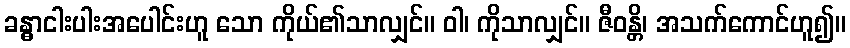
ခန္ဓာငါးပါးအပေါင်းဟူ သော ကိုယ်၏သာလျှင်။ ဝါ၊ ကိုသာလျှင်။ ဇီဝန္တိ၊ အသက်ကောင်ဟူ၍။